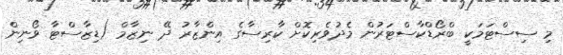
މި ސިސްޓަމަކީ ބްރޯޑްކާސްޓަރުން މެދުވެރިކޮށް ކާރިސާގެ އިންޒާރު ދޭ ނިޒާމް (ޑިޒާސްޓާ ވޯނިން